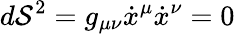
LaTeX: d\mathcal{S}^{2}=g_{\mu\nu}\dot{{x}}^{\mu}\dot{{x}}^{\nu}=0